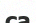
са